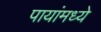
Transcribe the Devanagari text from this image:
पायांमध्ये